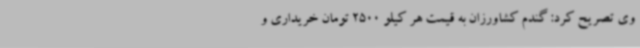
وی تصریح کرد: گندم کشاورزان به قیمت هر کیلو 2500 تومان خریداری و